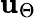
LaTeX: \mathbf{u}_{\Theta}